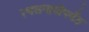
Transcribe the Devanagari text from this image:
रथसप्तमीपर्यंत